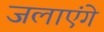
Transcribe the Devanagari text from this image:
जलाएंगे